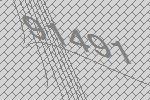
91491